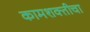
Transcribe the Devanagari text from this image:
कामशक्तीचा